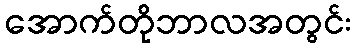
အောက်တိုဘာလအတွင်း